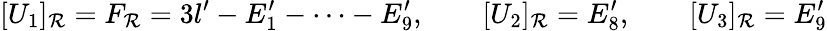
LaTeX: [U_{1}]_{\mathcal{R}}=F_{\mathcal{R}}=3l^{\prime}-E_{1}^{\prime}-\dots-E_{9}^{\prime},\qquad[U_{2}]_{\mathcal{R}}=E_{8}^{\prime},\qquad[U_{3}]_{\mathcal{R}}=E_{9}^{\prime}